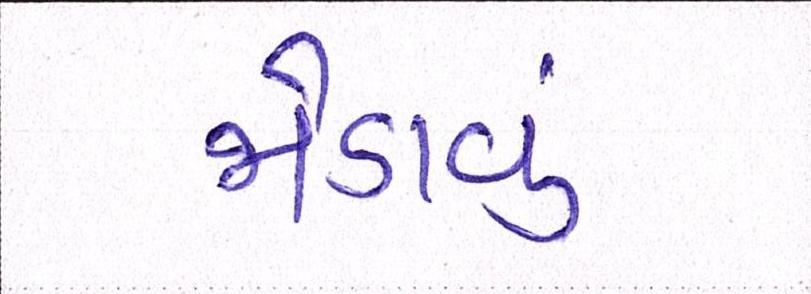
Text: જોડાવું